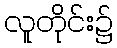
လူတိုင်း၌